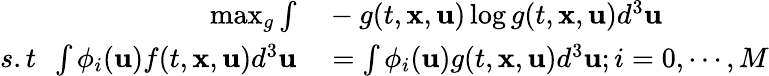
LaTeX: \begin{array}{rl}{\operatorname*{max}_{g}\int}&{{}-g(t,\mathbf{x},\mathbf{u})\log g(t,\mathbf{x},\mathbf{u})d^{3}\mathbf{u}}\\ {s.t\ \ \int\phi_{i}(\mathbf{u})f(t,\mathbf{x},\mathbf{u})d^{3}\mathbf{u}}&{{}=\int\phi_{i}(\mathbf{u})g(t,\mathbf{x},\mathbf{u})d^{3}\mathbf{u};i=0,\cdots,M}\end{array}